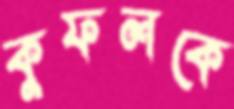
কুফলকে